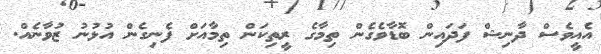
އެއީވެސް ދާނިޝް ފަދައިން ބޮޑާވެގެން ތިމާގެ ރީތިކަން ތިމާއަށް ފެނިގެން އުޅުނު ޒުވާނެއް.